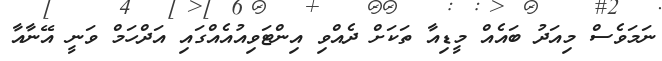
ނަމަވެސް މިއަދު ބައެއް މީޑިއާ ތަކަށް ދެއްވި އިންޓަވިއުއެއްގައި އަދްހަމް ވަނީ އޭނާއާ